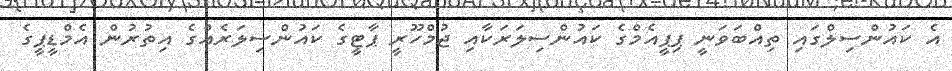
އެ ކައުންސިލްގައި ތިއްބަވަނީ ޕިޕީއެމްގެ ކައުންސިލަރަކާއި ޖުމްހޫރީ ޕާޓީގެ ކައުންސިލަރެއްގެ އިތުރުން އެމްޑީޕީގެ